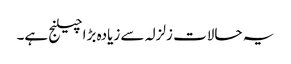
یہ حالات زلزلہ سے زیادہ بڑا چیلنج ہے۔